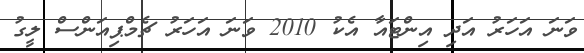
ވަނަ އަހަރު އަދި އިންޓައާ އެކު 2010 ވަނަ އަހަރު ޗެމްޕިއަންސް ލީގު